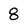
Character: 8